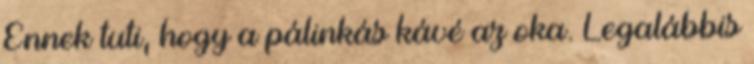
Ennek tuti, hogy a pálinkás kávé az oka. Legalábbis